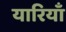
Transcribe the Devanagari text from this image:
यारियाँ